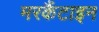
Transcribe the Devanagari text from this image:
मरकैंटाइन